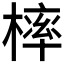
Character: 𣘚